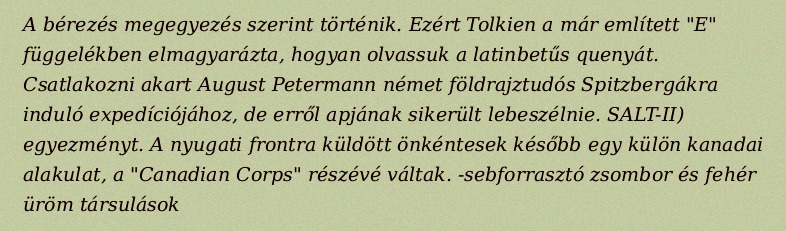
A bérezés megegyezés szerint történik. Ezért Tolkien a már említett "E" függelékben elmagyarázta, hogyan olvassuk a latinbetűs quenyát. Csatlakozni akart August Petermann német földrajztudós Spitzbergákra induló expedíciójához, de erről apjának sikerült lebeszélnie. SALT-II) egyezményt. A nyugati frontra küldött önkéntesek később egy külön kanadai alakulat, a "Canadian Corps" részévé váltak. -sebforrasztó zsombor és fehér üröm társulások